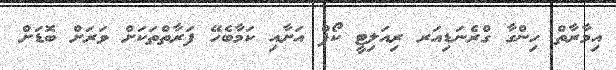
އިމާރާތް ހިންގާ ގްރެނަޑިއަރ ރިއަލިޓީ ކޯޕް އަށާއި ކަމާބެހޭ ފަރާތްތަކަށް ވަރަށް ބޮޑަށް